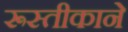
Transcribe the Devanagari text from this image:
रूस्तीकाने